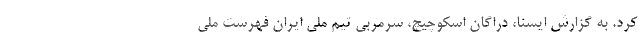
کرد. به گزارش ایسنا، دراگان اسکوچیچ، سرمربی تیم ملی ایران فهرست ملی